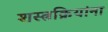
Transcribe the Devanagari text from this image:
शस्त्रक्रियांना